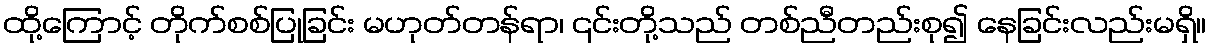
ထို့ကြောင့် တိုက်စစ်ပြုခြင်း မဟုတ်တန်ရာ၊ ၎င်းတို့သည် တစ်ညီတည်းစု၍ နေခြင်းလည်းမရှိ။